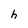
Character: h